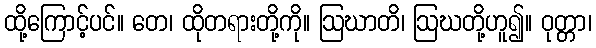
ထို့ကြောင့်ပင်။ တေ၊ ထိုတရားတို့ကို။ ဩဃာတိ၊ ဩဃတို့ဟူ၍။ ဝုတ္တာ၊